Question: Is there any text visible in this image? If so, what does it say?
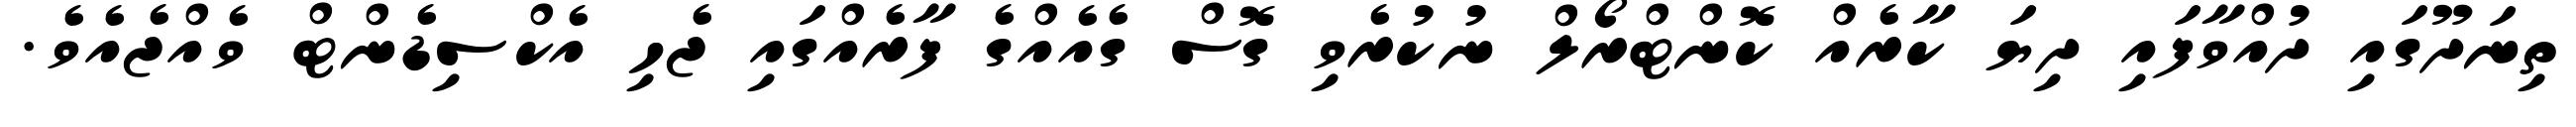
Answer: ތިނަދޫގައި ދުއްވާފައި ދިޔަ ކާރެއް ކޮންޓްރޯލް ނުކުރެވި ގޮސް ގެއެއްގެ ފާރެއްގައި ޖެހި އެކްސިޑެންޓް ވެއްޖެއެވެ.